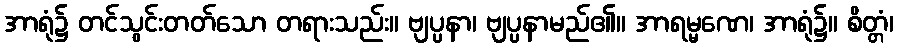
အာရုံ၌ တင်သွင်းတတ်သော တရားသည်း။ ဗျပ္ပနာ၊ ဗျပ္ပနာမည်၏။ အာရမ္မဏေ၊ အာရုံ၌။ စိတ္တံ၊